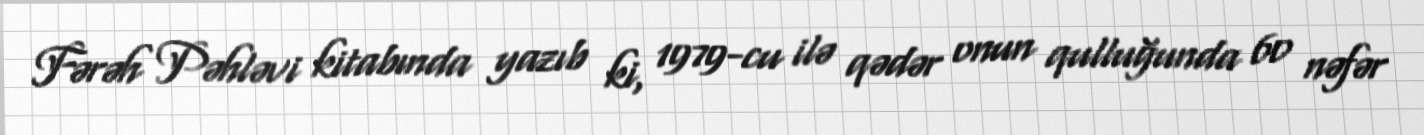
Fərəh Pəhləvi kitabında yazıb ki, 1979-cu ilə qədər onun qulluğunda 60 nəfər